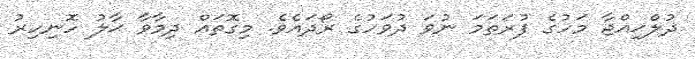
ޛުލްޙިއްޖާ މަހުގެ ފުރަތަމަ ނުވަ ދުވަހުގެ ރޯދައެވެ. މިގޮތައް ދިމާވާ ޙާލު ހޮނިހިރު